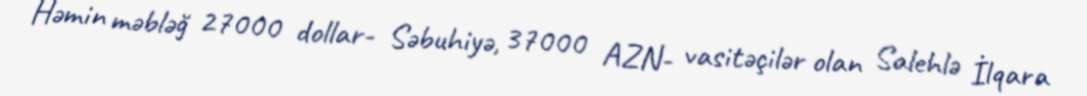
Həmin məbləğ 27000 dollar- Səbuhiyə, 37000 AZN- vasitəçilər olan Salehlə İlqara